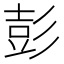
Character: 彭